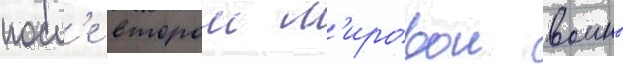
посл'е второи м'ировои воины